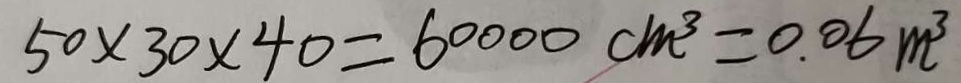
5 0 \times 3 0 \times 4 0 = 6 0 0 0 0 c m ^ { 3 } = 0 . 0 6 m ^ { 3 }